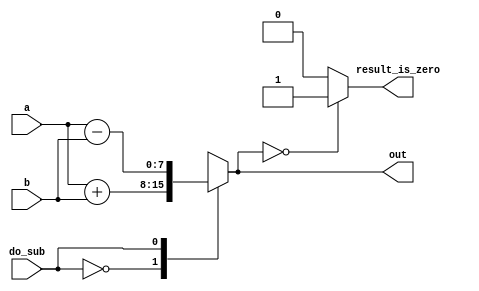
// synthesis verilog_input_version verilog_2001
module top_module ( 
    input do_sub,
    input [7:0] a,
    input [7:0] b,
    output reg [7:0] out,
    output reg result_is_zero
);//

    always @(*) begin
        case (do_sub)
          0: out = a+b;
          1: out = a-b;
        endcase

        if (out == 0) begin
            result_is_zero = 1;
        end
        else begin
            result_is_zero = 0;
        end
    end

endmodule